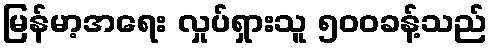
မြန်မာ့အရေး လှုပ်ရှားသူ ၅၀၀ခန့်သည်